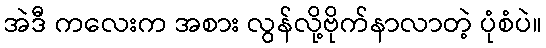
အဲဒီ ကလေးက အစား လွန်လို့ဗိုက်နာလာတဲ့ ပုံစံပဲ။